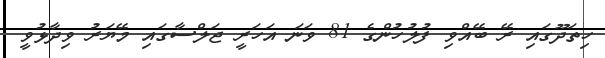
ހިތަދޫގައި ރޭ ބޭއްވި ފުލުހުންގެ 81 ވަނަ އަހަރީ ޖަލްސާގައި މޭޔަރު ވިދާޅުވީ